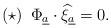
LaTeX: \begin{gather*}(\star)\,\,\,\Phi_{\underline{a}}\cdot\widehat{\xi}_{\underline{a}}=0.\end{gather*}